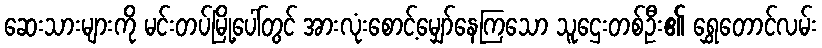
ဆေးသားများကို မင်းတပ်မြို့ပေါ်တွင် အားလုံးစောင့်မျှော်နေကြသော သူဌေးတစ်ဦး၏ ရွှေတောင်လမ်း